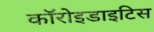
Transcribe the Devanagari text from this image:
कॉरोइडाइटिस